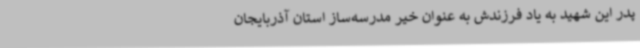
پدر این شهید به یاد فرزندش به عنوان خیر مدرسه‌ساز استان آذربایجان